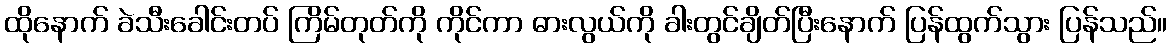
ထိုနောက် ခဲသီးခေါင်းတပ် ကြိမ်တုတ်ကို ကိုင်ကာ ဓားလွယ်ကို ခါးတွင်ချိတ်ပြီးနောက် ပြန်ထွက်သွား ပြန်သည်။